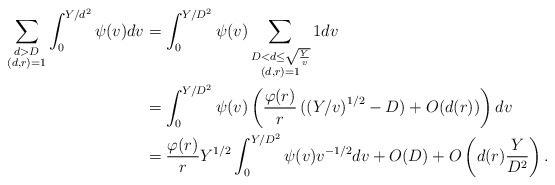
\begin{align*}\sum_{\substack{d> D\\(d,r)=1}}\int_{0}^{Y/d^2}\psi(v)dv &=\int_0^{Y/D^2}\psi(v)\sum_{\substack{D<d\leq \sqrt{\frac{Y}{v}}\\(d,r)=1}}1dv\\&=\int_0^{Y/D^2}\psi(v)\left(\dfrac{\varphi(r)}{r}\left((Y/v\right)^{1/2}-D)+O(d(r))\right)dv\\&=\dfrac{\varphi(r)}{r}Y^{1/2}\int_0^{Y/D^2}\psi(v)v^{-1/2}dv+O(D)+O\left(d(r)\dfrac{Y}{D^2}\right).\end{align*}